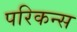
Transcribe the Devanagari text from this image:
परिकन्स